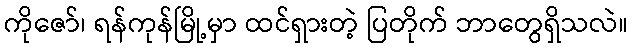
ကိုဇော်၊ ရန်ကုန်မြို့မှာ ထင်ရှားတဲ့ ပြတိုက် ဘာတွေရှိသလဲ။